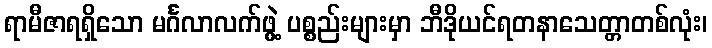
ရာမီဇာရရှိသော မင်္ဂလာလက်ဖွဲ့ ပစ္စည်းများမှာ ဘီဒိုယင်ရတနာသေတ္တာတစ်လုံး၊